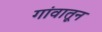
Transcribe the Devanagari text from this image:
गांवातून